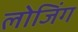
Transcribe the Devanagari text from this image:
लोजिंग